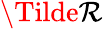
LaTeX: \Tilde{\mathcal{R}}